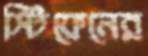
স্টিফেনের